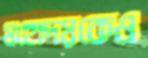
মহোদয়কেও